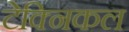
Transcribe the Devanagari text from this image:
टेक्‍निकल